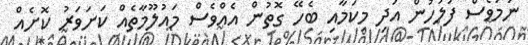
ނަމަވެސް ފުލުހުން އަދި މިކަމާއި ބެހޭ ގޮތުން އެއްވެސް މައުލޫމާތެއް ކަށަވަރު ކޮށެއް